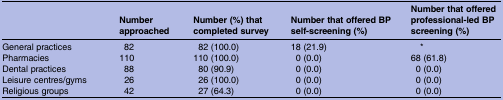
|  | Number approached | Number (%) that completed survey | Number that offered BP self-screening (%) | Number that offered professional-led BP screening (%) |
 | --- | --- | --- | --- | --- |
 | General practices | 82 | 82 (100.0) | 18 (21.9) | * |
 | Pharmacies | 110 | 110 (100.0) | 0 (0.0) | 68 (61.8) |
 | Dental practices | 88 | 80 (90.9) | 0 (0.0) | 0 (0.0) |
 | Leisure centres/gyms | 26 | 26 (100.0) | 0 (0.0) | 0 (0.0) |
 | Religious groups | 42 | 27 (64.3) | 0 (0.0) | 0 (0.0) |